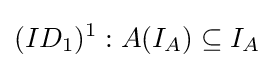
(ID_{1})^{1}:A(I_{A})\subseteq I_{A}